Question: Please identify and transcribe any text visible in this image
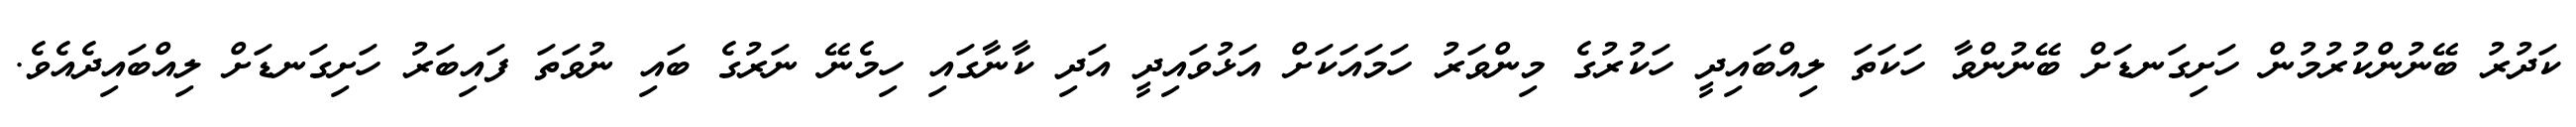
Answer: ކަދުރު ބޭނުންކުރުމުން ހަށިގަނޑަށް ބޭނުންވާ ހަކަތަ ލިއްބައިދީ ހަކުރުގެ މިންވަރު ހަމައަކަށް އަޅުވައިދީ އަދި ކާނާގައި ހިމެނޭ ނަރުގެ ބައި ނުވަތަ ފައިބަރު ހަށިގަނޑަށް ލިއްބައިދެއެވެ.